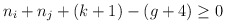
\begin{align*} n_i+n_j + (k+1) - (g+4) \geq 0 \end{align*}